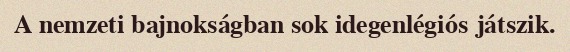
A nemzeti bajnokságban sok idegenlégiós játszik.